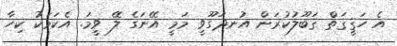
އެ ހަޤީޤަތް ޤަބޫލުކުރަން އުނދަގޫވީ މަމީ އޭނަގެ ލޭ ވީމަ. އެކަމަކު ކިހާ